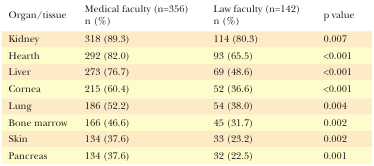
<table><thead><tr><td><b>Organ/tissue</b></td><td><b>Medical faculty (n=356) n (%)</b></td><td><b>Law faculty (n=142) n (%)</b></td><td><b>p value</b></td></tr></thead><tbody><tr><td>Kidney</td><td>318 (89.3)</td><td>114 (80.3)</td><td>0.007</td></tr><tr><td>Hearth</td><td>292 (82.0)</td><td>93 (65.5)</td><td>&lt;0.001</td></tr><tr><td>Liver</td><td>273 (76.7)</td><td>69 (48.6)</td><td>&lt;0.001</td></tr><tr><td>Cornea</td><td>215 (60.4)</td><td>52 (36.6)</td><td>&lt;0.001</td></tr><tr><td>Lung</td><td>186 (52.2)</td><td>54 (38.0)</td><td>0.004</td></tr><tr><td>Bone marrow</td><td>166 (46.6)</td><td>45 (31.7)</td><td>0.002</td></tr><tr><td>Skin</td><td>134 (37.6)</td><td>33 (23.2)</td><td>0.002</td></tr><tr><td>Pancreas</td><td>134 (37.6)</td><td>32 (22.5)</td><td>0.001</td></tr></tbody></table>